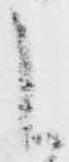
候